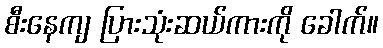
စီးနေကျ ပြားသုံးဆယ်ကားကို ခေါက်။